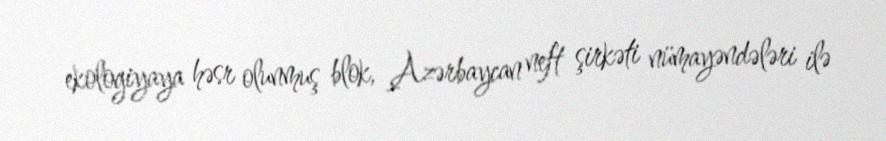
ekologiyaya həsr olunmuş blok, Azərbaycan neft şirkəti nümayəndələri ilə